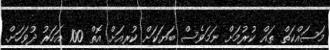
މަސައްކަތް ތައް ކުރުމަށް ނަމަވެސް ބަޔަކަށް ކުރިއަށް އޮތް 100 އަހަރު ދުވަހަށް.